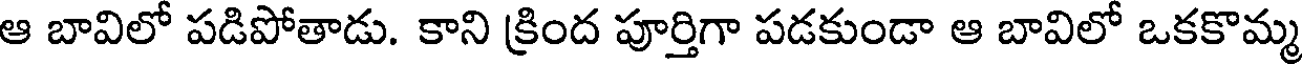
ఆ బావిలో పడిపోతాడు. కాని క్రింద పూర్తిగా పడకుండా ఆ బావిలో ఒకకొమ్మ